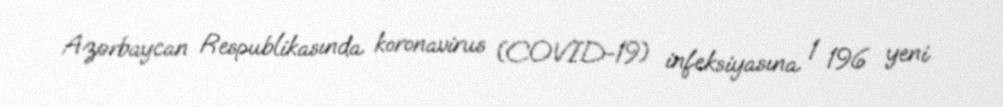
Azərbaycan Respublikasında koronavirus (COVID-19) infeksiyasına 1 196 yeni